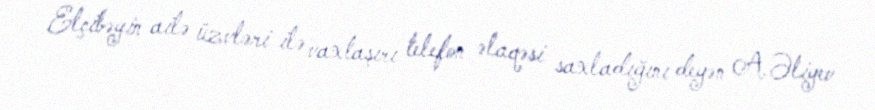
Elçibəyin ailə üzvləri ilə vaxtaşırı telefon əlaqəsi saxladığını deyən A.Əliyev